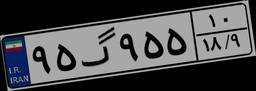
۹۵گ۹۵۵۱۰